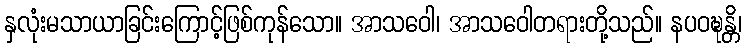
နှလုံးမသာယာခြင်းကြောင့်ဖြစ်ကုန်သော။ အာသဝေါ၊ အာသဝေါတရားတို့သည်။ နပဝဍ္ဎန္တိ၊